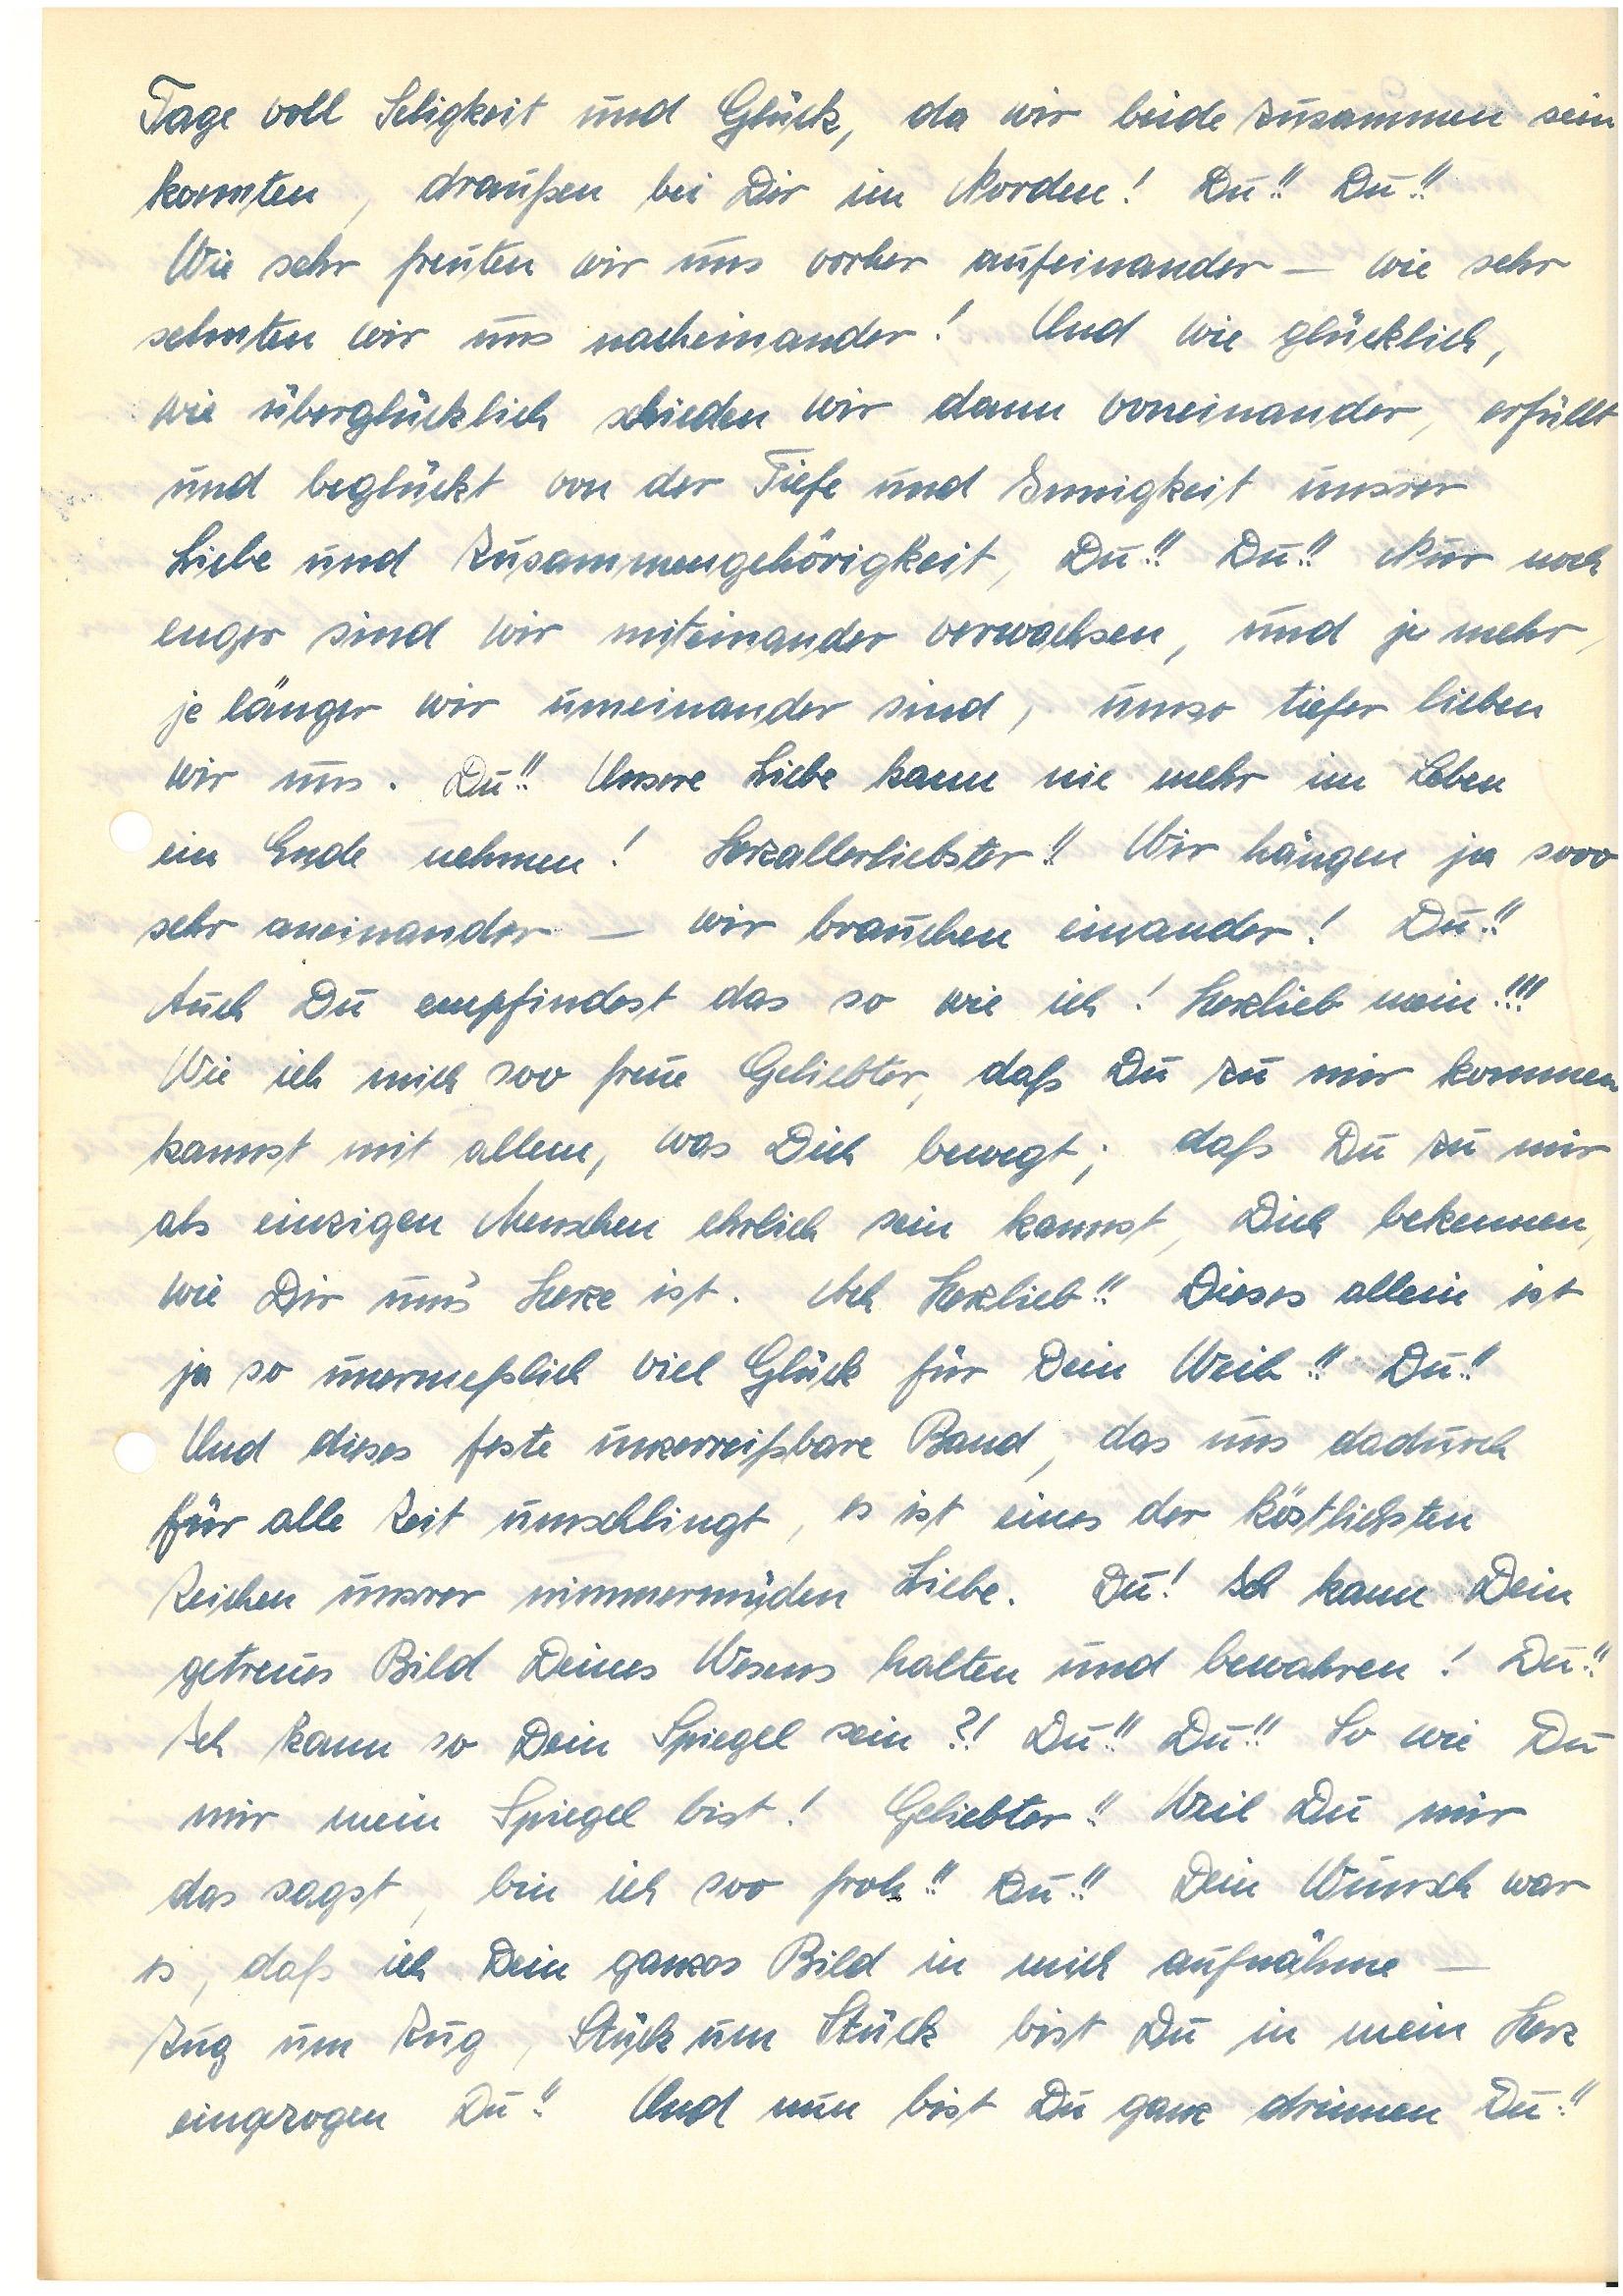
Tage voll Seligkeit und Glück, da wir beide zusammen sein
konnten, draußen bei Dir im Norden! Du!! Du!!
Wie sehr freuten wir uns vorher aufeinander – wie sehr
sehnten wir uns nacheinander! Und wie glücklich,
wie überglücklich schieden wir dann voneinander, erfüllt
und beglückt von der Tiefe und Innigkeit unsrer
Liebe und Zusammengehörigkeit, Du!! Du!! Nur noch
enger sind wir miteinander verwachsen, und je mehr,
je länger wir umeinander sind, umso tiefer lieben
wir uns. Du!! Unsere Liebe kann nie mehr im Leben
ein Ende nehmen! Herzallerliebster!! Wir hängen ja sooo
sehr aneinander – wir brauchen einander! Du!!
Auch Du empfindest das so wie ich! Herzlieb mein!!!
Wie ich mich soo freue Geliebter, daß Du zu mir kommen
kannst mit allem, was Dich bewegt; daß Du zu mir
als einzigen Menschen ehrlich sein kannst, Dich bekennen,
wie Dir um’s Herze ist. Ach Herzlieb!! Dieses allein ist
ja so unermeßlich viel Glück für Dein Weib!! Du!!
Und dieses feste unzerreißbare Band, das uns dadurch
für alle Zeit umschlingt, es ist eines der köstlichsten
Zeichen unsrer nimmermüden Liebe. Du! Ich kann Dein
getreues Bild Deines Wesens halten und bewahren! Du!!
Ich kann so Dein Spiegel sein?! Du!! Du!! So wie Du
mir mein Spiegel bist! Geliebter!! Weil Du mir
das sagst, bin ich soo froh!! Du!! Dein Wunsch war
es, daß ich Dein ganzes Bild in mich aufnähme –
Zug um Zug, Stück um Stück bist Du in mein Herz
eingezogen Du!! Und nun bist Du ganz drinnen Du!!